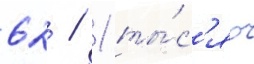
62 / 1 ты́с'яч